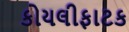
કોયલીફાટક